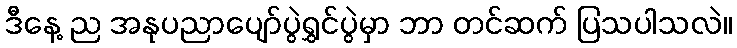
ဒီနေ့ ည အနုပညာပျော်ပွဲရွှင်ပွဲမှာ ဘာ တင်ဆက် ပြသပါသလဲ။